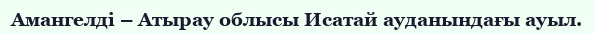
Амангелді – Атырау облысы Исатай ауданындағы ауыл.